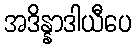
အဒိန္နာဒါယီပေ